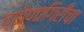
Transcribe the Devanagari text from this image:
द्रोणागिरीचा